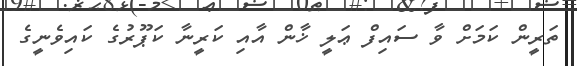
ތަރީން ކަމަށް ވާ ސައިފް ޢަލީ ޚާން އާއި ކަރީނާ ކަޕޫރުގެ ކައިވެނީގެ